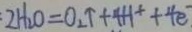
2 H _ { 2 } O = O _ { 2 } \uparrow + 4 H ^ { + } + 4 e ^ { - }